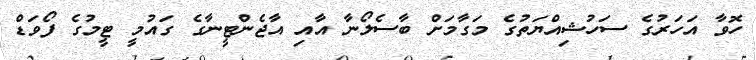
ހޮވާ އަހަރުގެ ސަހުޝިއްޔަތުގެ މަގާމަށް ބާސެލޯނާ އާއި އާޖެންޓީނާގެ ގައުމީ ޓީމުގެ ފޯވަޑް